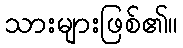
သားများဖြစ်၏။